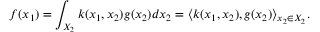
f ( x _ { 1 } ) = \int _ { X _ { 2 } } k ( x _ { 1 } , x _ { 2 } ) g ( x _ { 2 } ) d x _ { 2 } = \langle k ( x _ { 1 } , x _ { 2 } ) , g ( x _ { 2 } ) \rangle _ { x _ { 2 } \in X _ { 2 } } .